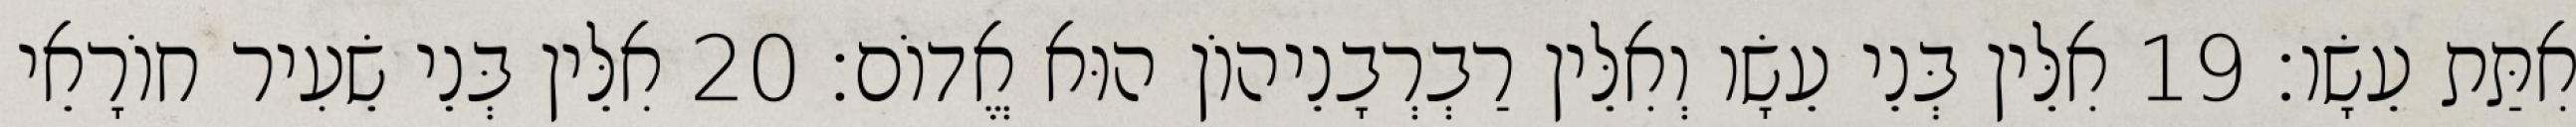
אִתַּת עֵשָׂו׃ 19 אִלֵּין בְּנֵי עֵשָׂו וְאִלֵּין רַבְרְבָנֵיהוֹן הוּא אֱדוֹם׃ 20 אִלֵּין בְּנֵי שֵׂעִיר חוֹרָאֵי